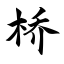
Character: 桥